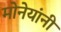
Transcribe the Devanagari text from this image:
मोनेयांनी